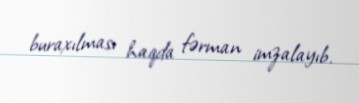
buraxılması haqda fərman imzalayıb.